Lunatic asylums Madras 1877-1891 - 1877-1891
Year: 1877
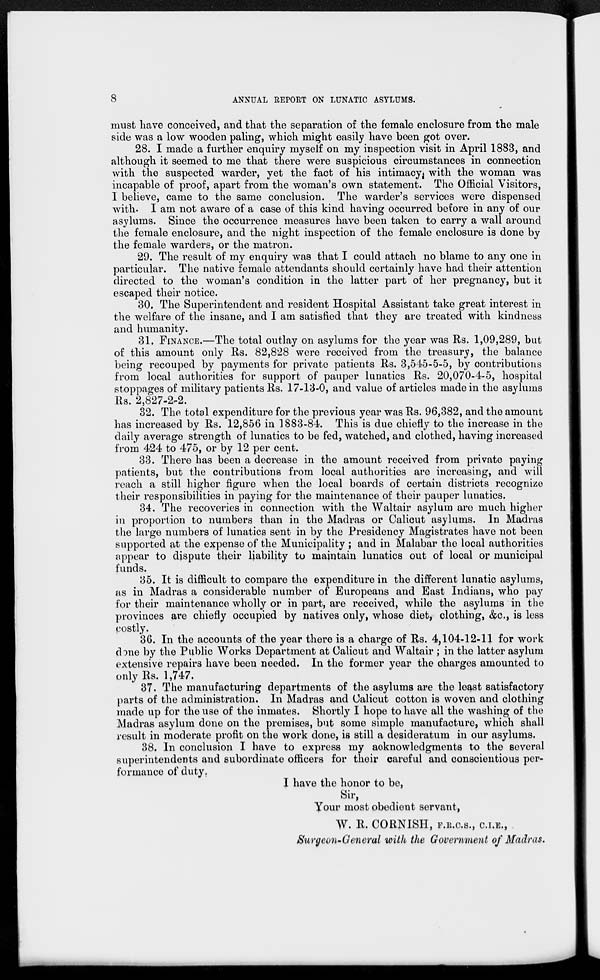
8
ANNUAL REPORT ON LUNATIC ASYLUMS.
must have conceived, and that the separation of the female enclosure from the male
side was a low wooden paling, which might easily have been got over.
28. I made a further enquiry myself on my inspection visit in April 1883, and
although it seemed to me that there were suspicious circumstances in connection
with the suspected warder, yet the fact of his intimacy with the woman was
incapable of proof, apart from the woman's own statement. The Official Visitors,
I believe, came to the same conclusion. The warder's services were dispensed
with. I am not aware of a case of this kind having occurred before in any of our
asylums. Since the occurrence measures have been taken to carry a wall around
the female enclosure, and the night inspection of the female enclosure is done by
the female warders, or the matron.
29. The result of my enquiry was that I could attach no blame to any one in
particular. The native female attendants should certainly have had their attention
directed to the woman's condition in the latter part of her pregnancy, but it
escaped their notice.
30. The Superintendent and resident Hospital Assistant take great interest in
the welfare of the insane, and I am satisfied that they are treated with kindness
and humanity.
31. FINANCE.—The total outlay on asylums for the year was Rs. 1,09,289, but
of this amount only Rs. 82,828 were received from the treasury, the balance
being recouped by payments for private patients Rs. 3,545-5-5, by contributions
from local authorities for support of pauper lunatics Rs. 20,070-4-5, hospital
stoppages of military patients Rs. 17-13-0, and value of articles made in the asylums
Rs. 2,827-2-2.
32. The total expenditure for the previous year was Rs. 96,382, and the amount
has increased by Rs. 12,856 in 1883-84. This is due chiefly to the increase in the
daily average strength of lunatics to be fed, watched, and clothed, having increased
from 424 to 475, or by 12 per cent.
33. There has been a decrease in the amount received from private paying
patients, but the contributions from local authorities are increasing, and will
reach a still higher figure when the local boards of certain districts recognize
their responsibilities in paying for the maintenance of their pauper lunatics.
34. The recoveries in connection with the Waltair asylum are much higher
in proportion to numbers than in the Madras or Calicut asylums. In Madras
the large numbers of lunatics sent in by the Presidency Magistrates have not been
supported at the expense of the Municipality ; and in Malabar the local authorities
appear to dispute their liability to maintain lunatics out of local or municipal
funds.
35. It is difficult to compare the expenditure in the different lunatic asylums,
as in Madras a considerable number of Europeans and East Indians, who pay
for their maintenance wholly or in part, are received, while the asylums in the
provinces are chiefly occupied by natives only, whose diet, clothing, &c., is less
costly.
36. In the accounts of the year there is a charge of Rs. 4,104-12-11 for work
done by the Public Works Department at Calicut and Waltair ; in the latter asylum
extensive repairs have been needed. In the former year the charges amounted to
only Rs. 1,747.
37. The manufacturing departments of the asylums are the least satisfactory
parts of the administration. In Madras and Calicut cotton is woven and clothing
made up for the use of the inmates. Shortly I hope to have all the washing of the
Madras asylum done on the premises, but some simple manufacture, which shall
result in moderate profit on the work done, is still a desideratum in our asylums.
38. In conclusion I have to express my acknowledgments to the several
superintendents and subordinate officers for their careful and conscientious per-
formance of duty.
I have the honor to be,
Sir,
Your most obedient servant,
W. R. CORNISH, F.R.C.S., C.I.E.,
Surgeon-General with the Government of Madras.